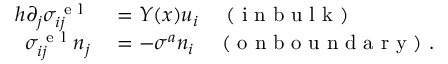
\begin{array} { r l } { h \partial _ { j } \sigma _ { i j } ^ { \mathrm { ~ e ~ l ~ } } } & { { } = Y ( x ) u _ { i } \quad \mathrm { ~ ( ~ i ~ n ~ b ~ u ~ l ~ k ~ ) ~ } } \\ { \sigma _ { i j } ^ { \mathrm { ~ e ~ l ~ } } n _ { j } } & { { } = - \sigma ^ { a } n _ { i } \quad \mathrm { ~ ( ~ o ~ n ~ b ~ o ~ u ~ n ~ d ~ a ~ r ~ y ~ ) ~ } . } \end{array}